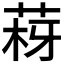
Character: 𦰳